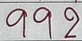
992